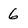
Character: 6